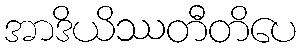
အာဒိယိဿတီတိပေ